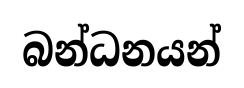
බන්ධනයන්